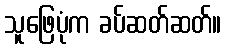
သူဖြေပုံက ခပ်ဆတ်ဆတ်။